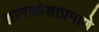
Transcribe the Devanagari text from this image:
ज्ञानकोशाप्रमाणे